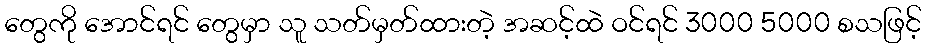
တွေကို အောင်ရင် တွေမှာ သူ သတ်မှတ်ထားတဲ့ အဆင့်ထဲ ဝင်ရင် 3000 5000 စသဖြင့်